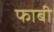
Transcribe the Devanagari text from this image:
फाबी